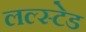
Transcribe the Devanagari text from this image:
लल्स्टेड